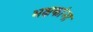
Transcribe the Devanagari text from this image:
भक्षकांना